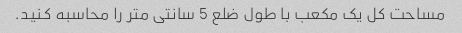
مساحت کل یک مکعب با طول ضلع 5 سانتی متر را محاسبه کنید.